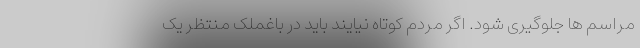
مراسم ها جلوگیری شود. اگر مردم کوتاه نیایند باید در باغملک منتظر یک